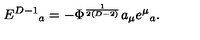
E ^ { D - 1 } { } _ { a } = - \Phi ^ { \frac { 1 } { 2 ( D - 2 ) } } a _ { \mu } e ^ { \mu } { } _ { a } .